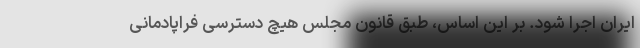
ایران اجرا شود. بر این اساس، طبق قانون مجلس هیچ دسترسی فراپادمانی